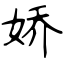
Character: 娇